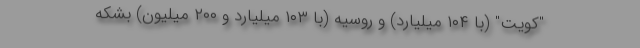
"کویت" (با ۱۰۴ میلیارد) و روسیه (با ۱۰۳ میلیارد و ۲۰۰ میلیون) بشکه